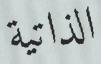
الذاتية